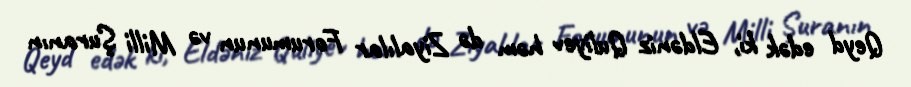
Qeyd edək ki, Eldəniz Quliyev həm də Ziyalılar Forumunun və Milli Şuranın